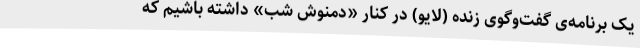
یک برنامه‌ی گفت‌وگوی زنده (لایو) در کنار «دمنوش شب» داشته باشیم که